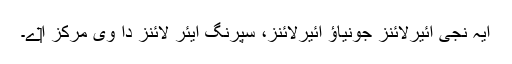
ایہ نجی ائیرلائنز جونیاؤ ائیرلائنز، سپرنگ ایئر لائنز دا وی مرکز ا‏‏ے۔